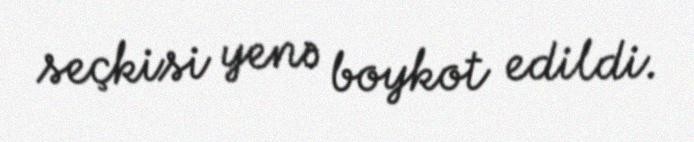
seçkisi yenə boykot edildi.